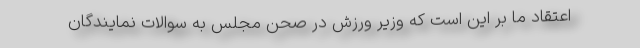
اعتقاد ما بر این است که وزیر ورزش در صحن مجلس به سوالات نمایندگان